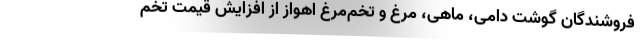
فروشندگان گوشت دامی، ماهی، مرغ و تخم‌مرغ اهواز از افزایش قیمت تخم